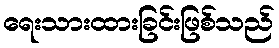
ရေးသားထားခြင်းဖြစ်သည်